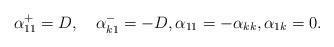
LaTeX: \begin{align*} \alpha^+_{11} = D,\quad\alpha^-_{k1} = -D,\alpha_{11}=-\alpha_{kk}, \alpha_{1k}=0. \end{align*}